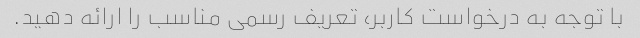
با توجه به درخواست کاربر، تعریف رسمی مناسب را ارائه دهید.